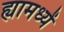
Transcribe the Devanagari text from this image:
ह्यामध्यें